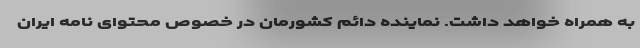
به همراه خواهد داشت. نماینده دائم کشورمان در خصوص محتوای نامه ایران